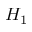
H _ { 1 }